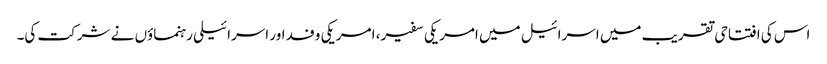
اس کی افتتاحی تقریب میں اسرائیل میں امریکی سفیر، امریکی وفد اور اسرائیلی رہنماؤں نے شرکت کی۔